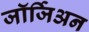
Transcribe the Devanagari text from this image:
जॉर्जिअन